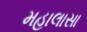
મહાલાસા